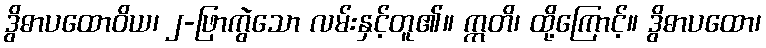
ဒွိဓာပထောဝိယ၊ ၂-ဖြာကွဲသော လမ်းနှင့်တူ၏။ ဣတိ၊ ထို့ကြောင့်။ ဒွိဓာပထော၊